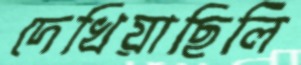
দেখিয়াছিলি